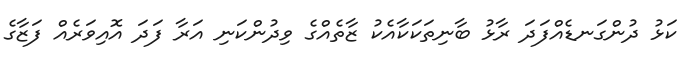
ކަޅު ދުންގަނޑެއްފަދަ ރާޅު ބާނިތަކަކާއެކު ޒާތެއްގެ ވިދުންކަނި އަރާ ފަދަ އޮއިވަރެއް ފަޒާގެ